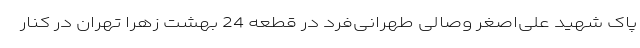
پاک شهید علی‌اصغر وصالی طهرانی‌فرد در قطعه 24 بهشت زهرا تهران در کنار